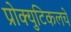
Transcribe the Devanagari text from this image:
प्रोक्युटिकलचे